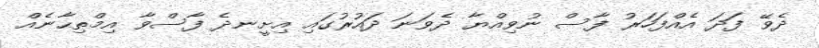
ދެވޭ ފަދަ އެއްފަހަރު ފާސް ނުވިއްޔާ ދެވަނަ ދައުރުގައި އިށީނދެ ފާސްވާ އިމްތިޙާނެއް